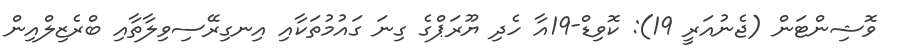
ވޮޝިންޓަން (ޖެނުއަރީ 19): ކޮވިޑް-19އާ ހެދި ޔޫރަޕްގެ ގިނަ ގައުމުތަކާއި އިނގިރޭސިވިލާތާއި ބްރެޒިލްއިން